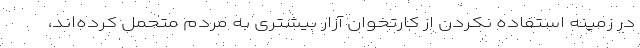
در زمینه استفاده نکردن از کارتخوان آزار بیشتری به مردم متحمل کرده‌اند،